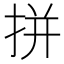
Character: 拼